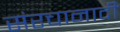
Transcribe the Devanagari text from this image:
संरचानादी